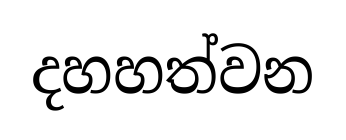
දහහත්වන